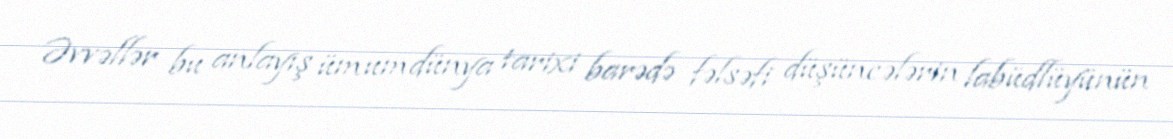
Əvvəllər bu anlayış ümumdünya tarixi barədə fəlsəfi düşüncələrin labüdlüyünün